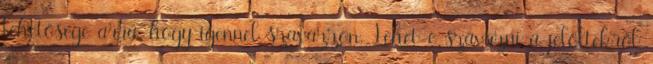
lehetősége arra, hogy igennel szavazzon. Lehet-e szavazni a jelöltekről